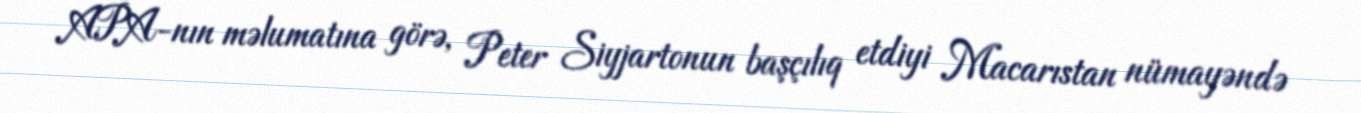
APA-nın məlumatına görə, Peter Siyjartonun başçılıq etdiyi Macarıstan nümayəndə